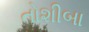
તોશીબા